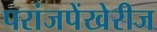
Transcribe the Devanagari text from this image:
परांजपेंखेरीज